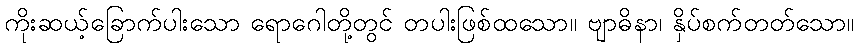
ကိုးဆယ့်ခြောက်ပါးသော ရောဂေါတို့တွင် တပါးဖြစ်ထသော။ ဗျာဓိနာ၊ နှိပ်စက်တတ်သော။